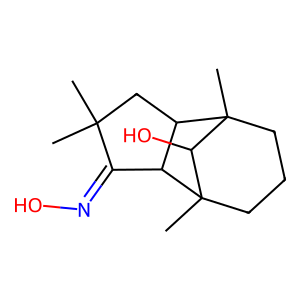
SMILES: CC1(C)CC2C(C1=NO)C1(C)CCCC2(C)C1O
Inhibits HIV replication: No